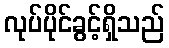
လုပ်ပိုင်ခွင့်ရှိသည်